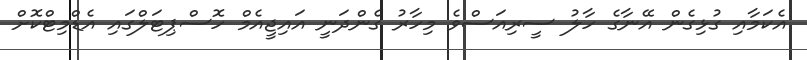
އެކަމާއި ގުޅިގެން އޭނާގެ ހާލު ސީރިއަސްވެ މިހާރު ގެންދަނީ އައިޖީއެމް ހޮސްޕިޓަލްގައި އެޑްމިޓްކޮށް